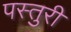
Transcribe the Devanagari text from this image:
पस्तुरी